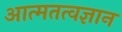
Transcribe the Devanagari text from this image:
आत्मतत्वज्ञान